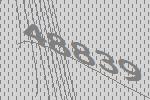
48839